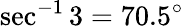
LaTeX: \sec^{-1}3=70.5^{\circ}